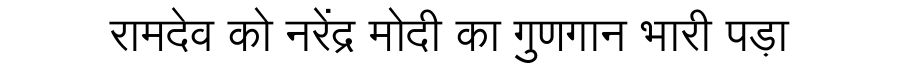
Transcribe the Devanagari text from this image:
रामदेव को नरेंद्र मोदी का गुणगान भारी पड़ा